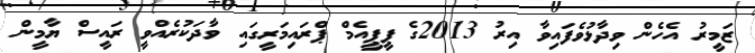
ޒަމީރު އެހެން ވިދާޅުވެފައިވާ އިރު 2013ގެ ޕީޕީއެމް ޕްރައިމަރީގައި ވާދަކުރެއްވީ ރައީސް ޔާމީން